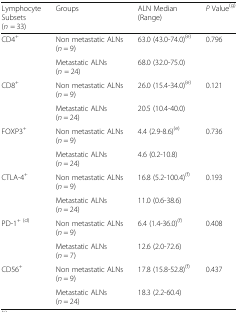
<table><thead><tr><td><b>Lymphocyte Subsets(<i>n</i> = 33)</b></td><td><b>Groups</b></td><td><b>ALN Median (Range)</b></td><td><b><i>P</i> Value<sup>(g)</sup></b></td></tr></thead><tbody><tr><td rowspan="2">CD4<sup>+</sup></td><td>Non metastatic ALNs (<i>n</i> = 9)</td><td>63.0 (43.0-74.0)<sup>(e)</sup></td><td rowspan="2">0.796</td></tr><tr><td>Metastatic ALNs (<i>n</i> = 24)</td><td>68.0 (32.0-75.0)</td></tr><tr><td rowspan="2">CD8<sup>+</sup></td><td>Non metastatic ALNs (<i>n</i> = 9)</td><td>26.0 (15.4-34.0)<sup>(e)</sup></td><td rowspan="2">0.121</td></tr><tr><td>Metastatic ALNs (<i>n</i> = 24)</td><td>20.5 (10.4-40.0)</td></tr><tr><td rowspan="2">FOXP3<sup>+</sup></td><td>Non metastatic ALNs (<i>n</i> = 9)</td><td>4.4 (2.9-8.6)<sup>(e)</sup></td><td rowspan="2">0.736</td></tr><tr><td>Metastatic ALNs (<i>n</i> = 24)</td><td>4.6 (0.2-10.8)</td></tr><tr><td rowspan="2">CTLA-4<sup>+</sup></td><td>Non metastatic ALNs (<i>n</i> = 9)</td><td>16.8 (5.2-100.4)<sup>(f)</sup></td><td rowspan="2">0.193</td></tr><tr><td>Metastatic ALNs (<i>n</i> = 24)</td><td>11.0 (0.6-38.6)</td></tr><tr><td rowspan="2">PD-1<sup>+ (d)</sup></td><td>Non metastatic ALNs (<i>n</i> = 9)</td><td>6.4 (1.4-36.0)<sup>(f)</sup></td><td rowspan="2">0.408</td></tr><tr><td>Metastatic ALNs (<i>n</i> = 7)</td><td>12.6 (2.0-72.6)</td></tr><tr><td rowspan="2">CD56<sup>+</sup></td><td>Non metastatic ALNs (<i>n</i> = 9)</td><td>17.8 (15.8-52.8)<sup>(f)</sup></td><td rowspan="2">0.437</td></tr><tr><td>Metastatic ALNs (<i>n</i> = 24)</td><td>18.3 (2.2-60.4)</td></tr></tbody></table>